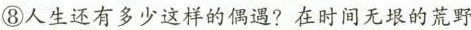
⑧人生还有多少这样的偶遇?在时间无垠的荒野